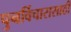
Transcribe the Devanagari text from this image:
पुनर्विचारासाठी